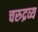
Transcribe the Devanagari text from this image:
चरुद्रव्य